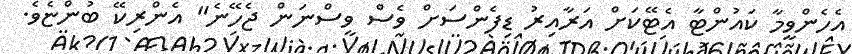
އެހެންވީމާ ކައުންޓާ އެޓޭކަށް އަރާއިރު ޑިފެންސަށް ވެސް ވިސްނަން ޖެހޭނެ" އެންރިކޭ ބުންޏެވެ.